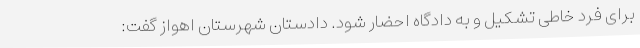
برای فرد خاطی تشکیل و به دادگاه احضار شود. دادستان شهرستان اهواز گفت: